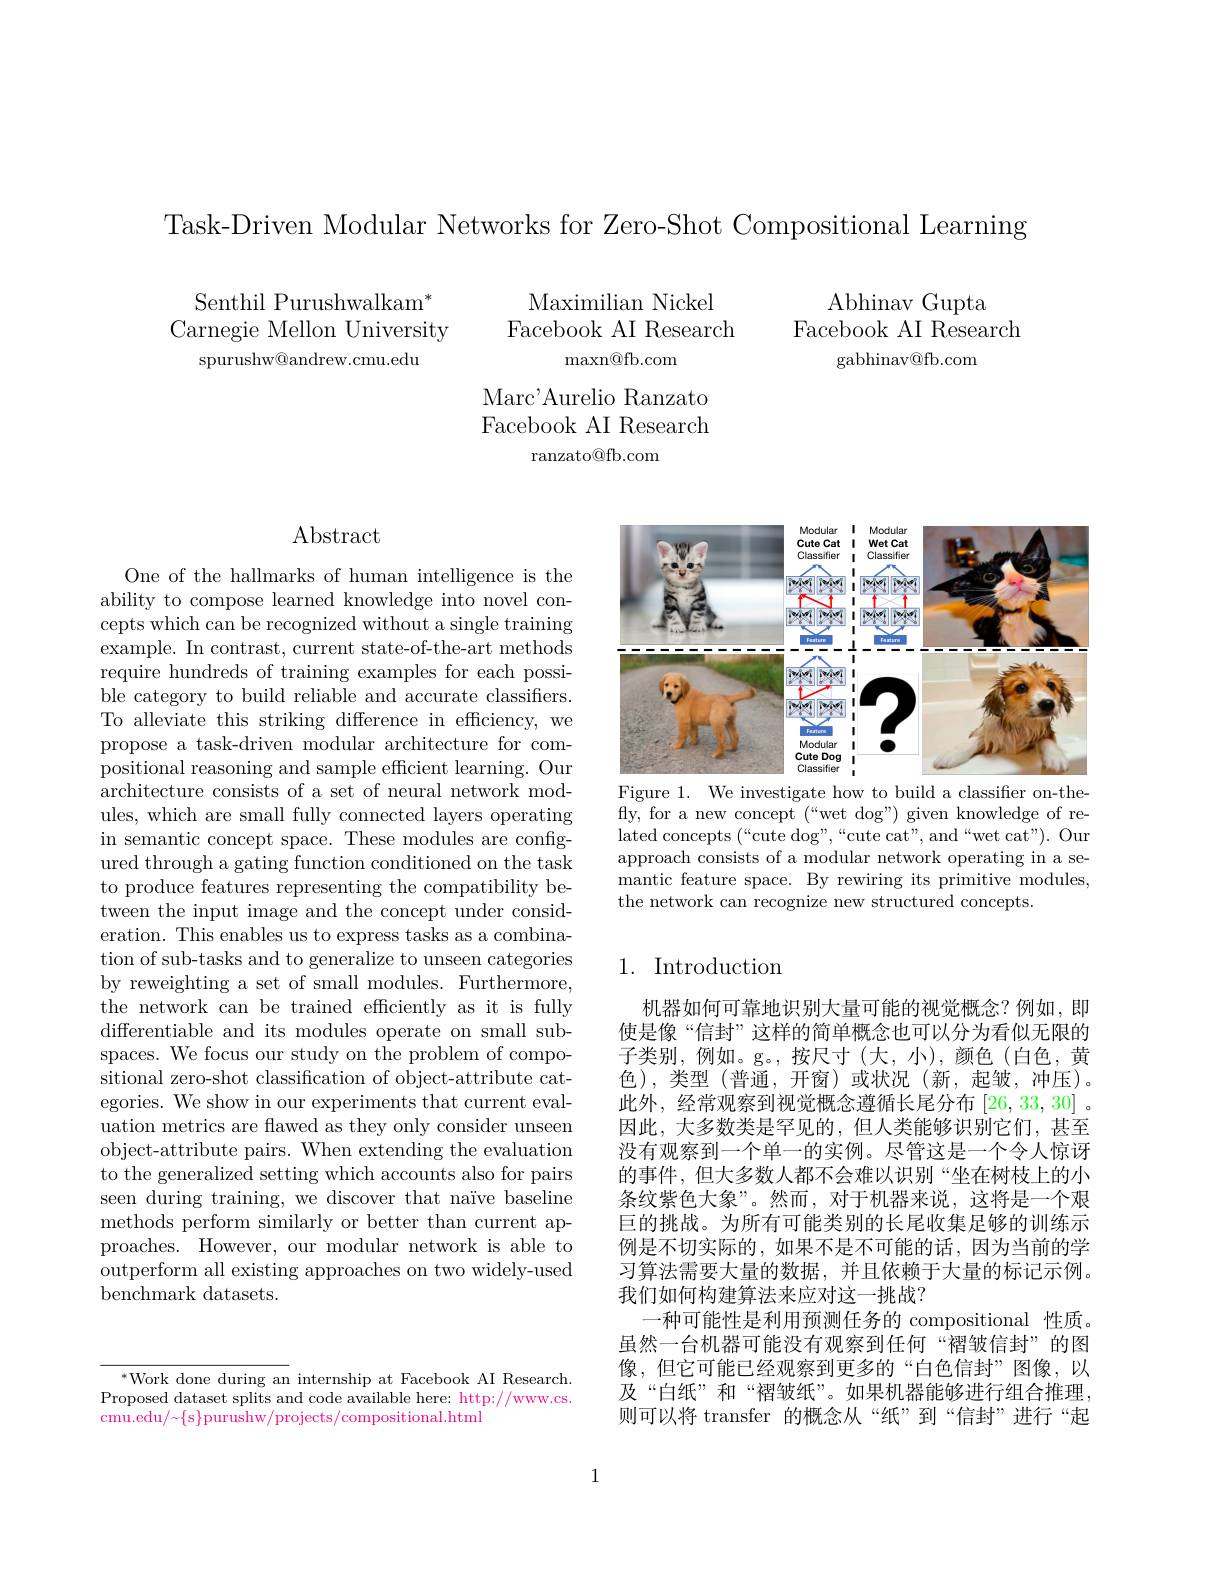
Task-Driven Modular Networks for Zero-Shot Compositional Learning

Abhinav Gupta
Facebook AI Research
gabhinav@ fb. com

Senthil Purushwalkam$^{*}$ Carnegie Mellon University
spurushw@andrew.cmu.edu

Maximilian Nickel
Facebook AI Research
maxn@ fb. com

Marc'Aurelio Ranzato Facebook AI Research
ranzato@fb.com

$\operatorname{Abstract}$

One of the hallmarks of human intelligence is the ability to compose learned knowledge into novel concepts which can be recognized without a single training example. In contrast, current state-of-the-art methods require hundreds of training examples for each possible category to build reliable and accurate classifiers. To alleviate this striking difference in efficiency, we propose a task-driven modular architecture for compositional reasoning and sample efficient learning. Our architecture consists of a set of neural network modules, which are small fully connected layers operating in semantic concept space. These modules are configured through a gating function conditioned on the task to produce features representing the compatibility between the input image and the concept under consideration. This enables us to express tasks as a combination of sub-tasks and to generalize to unseen categories by reweighting a set of small modules. Furthermore, the network can be trained efficiently as it is fully differentiable and its modules operate on small subspaces. We focus our study on the problem of compositional zero-shot classification of object-attribute categories. We show in our experiments that current evaluation metrics are flawed as they only consider unseen object-attribute pairs. When extending the evaluation to the generalized setting which accounts also for pairs seen during training, we discover that naïve baseline methods perform similarly or better than current approaches. However, our modular network is able to outperform all existing approaches on two widely-used benchmark datasets.

<FigureHere>
Figure 1. We investigate how to build a classifier on-the-

fly, for a new concept (“wet dog”) given knowledge of related concepts (“cute dog”,“cute cat", and“wet cat"). Our approach consists of a modular network operating in a semantic feature space. By rewiring its primitive modules, the network can recognize new structured concepts.

## 1. Introduction

机器如何可靠地识别大量可能的视觉概念？例如，即使是像“信封”这样的简单概念也可以分为看似无限的子类别，例如。g。,按尺寸(大，小),颜色(白色，黄色),类型(普通，开窗)或状况(新，起皱，冲压)。此外，经常观察到视觉概念遵循长尾分布[26,33,30] 。因此，大多数类是罕见的，但人类能够识别它们，甚至没有观察到一个单一的实例。尽管这是一个令人惊讶的事件，但大多数人都不会难以识别“坐在树枝上的小条纹紫色大象”。然而，对于机器来说，这将是一个艰巨的挑战。为所有可能类别的长尾收集足够的训练示例是不切实际的，如果不是不可能的话，因为当前的学习算法需要大量的数据，并且依赖于大量的标记示例。我们如何构建算法来应对这一挑战？
一种可能性是利用预测任务的 compositional 性质。虽然一台机器可能没有观察到任何“褶皱信封”的图像，但它可能已经观察到更多的“白色信封”图像，以及“白纸”和“褶皱纸”。如果机器能够进行组合推理， 则可以将 transfer 的概念从“纸”到“信封”进行“起

$^{*}$Work done during an internship at Facebook AI Research. Proposed dataset splits and code available here: http://www.cs. $cmu.edu/~\{s\}purushw/projects/compositional.html$

1